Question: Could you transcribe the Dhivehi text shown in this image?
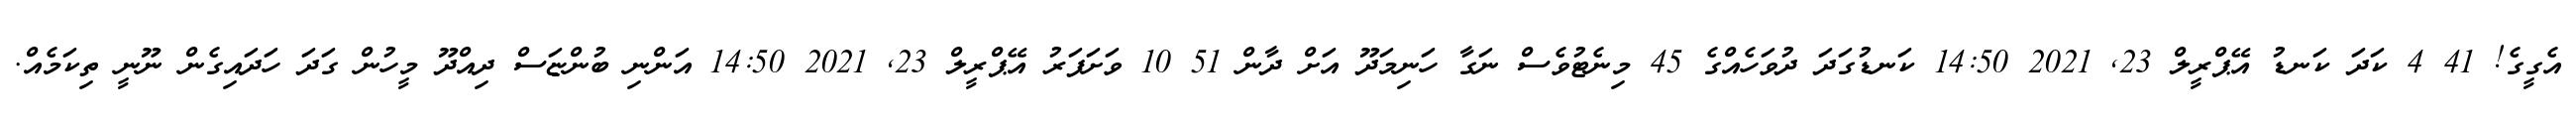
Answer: އެގީގެ! 41 4 ކަދަ ކަނޑު އޭޕްރީލް 23, 2021 14:50 ކަނޑުގަދަ ދުވަހެއްގެ 45 މިނެޓުވެސް ނަގާ ހަނިމަދޫ އަށް ދާން 51 10 ވަށަފަރު އޭޕްރީލް 23, 2021 14:50 އަންނި ބުންޏަސް ދިއްދޫ މީހުން ގަދަ ހަދައިގެން ނޫނީ ތިކަމެއް.